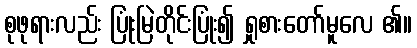
စုဖုရားလည်း ပြုံးမြဲတိုင်းပြုံး၍ ရှုစားတော်မူလေ ၏။